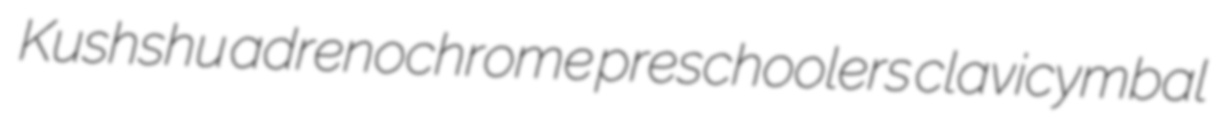
Kushshu adrenochrome preschoolers clavicymbal